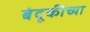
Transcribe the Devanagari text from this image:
बंदूकीच्या